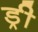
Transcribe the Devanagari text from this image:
ड्री